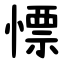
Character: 慓